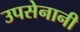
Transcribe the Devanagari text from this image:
उपसेनानी